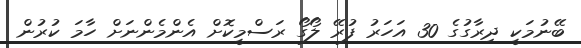
ބޭނުމަކީ ދިރާގުގެ 30 އަހަރު ފުރޭ ލޯގޯ ރަސްމީކޮށް އެންމެންނަށް ހާމަ ކުރުން